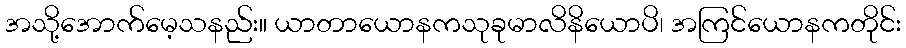
အသို့အောက်မေ့သနည်း။ ယာတာယောနကသုခုမာလိနိယောပိ၊ အကြင်ယောနကတိုင်း